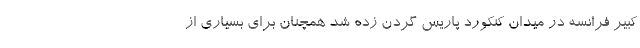
کبیر فرانسه در میدان کنکورد پاریس گردن زده شد همچنان برای بسیاری از